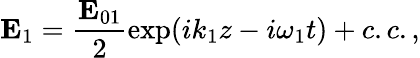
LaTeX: {\mathbf E}_{1}=\frac{{\mathbf E}_{01}}{2}\exp(ik_{1}z-i\omega_{1}t)+c.c.,